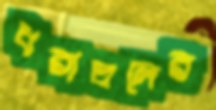
ধরাতলের